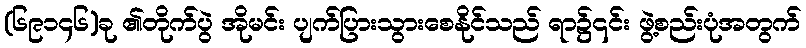
(၆၉၁၄၆)ခု ၏တိုက်ပွဲ အိုမင်း ပျက်ပြားသွားစေနိုင်သည် ရာ၌၎င်း ဖွဲ့စည်းပုံအတွက်